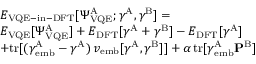
\begin{array} { r l } & { E _ { \mathrm { V Q E - i n - D F T } } [ \Psi _ { \mathrm { V Q E } } ^ { \mathrm { A } } ; \boldsymbol { \gamma } ^ { \mathrm { A } } , \boldsymbol { \gamma } ^ { \mathrm { B } } ] = } \\ { \newline } & { E _ { \mathrm { V Q E } } [ \Psi _ { \mathrm { V Q E } } ^ { \mathrm { A } } ] + E _ { \mathrm { D F T } } [ \boldsymbol { \gamma } ^ { \mathrm { A } } + \boldsymbol { \gamma } ^ { \mathrm { B } } ] - E _ { \mathrm { D F T } } [ \boldsymbol { \gamma } ^ { \mathrm { A } } ] } \\ { \newline } & { + \mathrm { t r } [ ( \boldsymbol { \gamma } _ { \mathrm { e m b } } ^ { \mathrm { A } } - \boldsymbol { \gamma } ^ { \mathrm { A } } ) \, \boldsymbol { v } _ { \mathrm { e m b } } [ \boldsymbol { \gamma } ^ { \mathrm { A } } , \boldsymbol { \gamma } ^ { \mathrm { B } } ] ] + \alpha \, \mathrm { t r } [ \boldsymbol { \gamma } _ { \mathrm { e m b } } ^ { \mathrm { A } } \mathbf { P } ^ { \mathrm { B } } ] } \end{array}